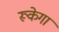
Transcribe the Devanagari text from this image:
रूकेगा